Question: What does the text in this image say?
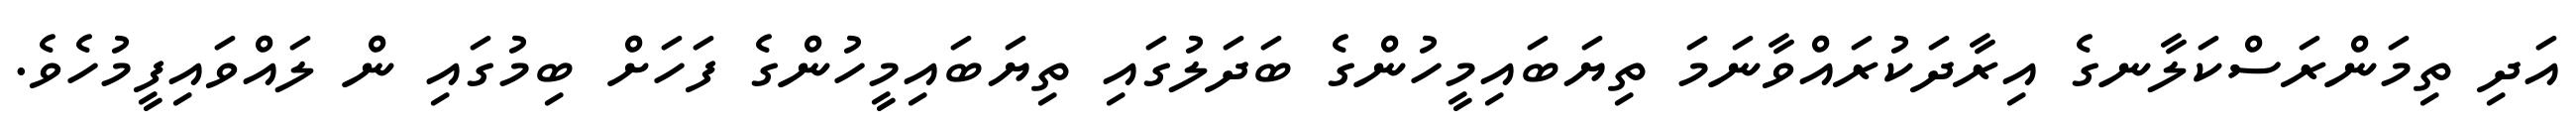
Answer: އަދި ތިމަންރަސްކަލާނގެ އިރާދަކުރައްވާނަމަ ތިޔަބައިމީހުންގެ ބަދަލުގައި ތިޔަބައިމީހުންގެ ފަހަށް ބިމުގައި ން ލައްވައިފީމުހެވެ.